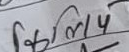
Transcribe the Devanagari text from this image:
फिलिप